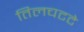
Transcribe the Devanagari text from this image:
तिलचटटे